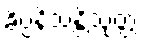
ခိပ္ပနိသန္တိသုတ္တံ